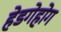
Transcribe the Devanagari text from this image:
हेडगेहोग